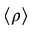
\langle \rho \rangle